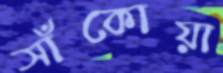
সাঁকোয়া